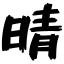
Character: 晴